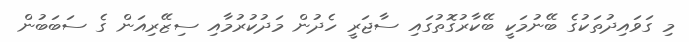
މި ގަވައިދުތަކުގެ ބޭނުމަކީ ބޭކާރުގޮތުގައި ސާޖަރީ ހެދުން މަދުކުރުމާއި ސިޒޭރިއަން ގެ ސަބަބުން